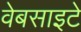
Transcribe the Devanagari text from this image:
वेबसाइटे